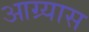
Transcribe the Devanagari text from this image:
आग्र्यास